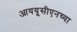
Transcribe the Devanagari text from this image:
आययूसीएनच्या